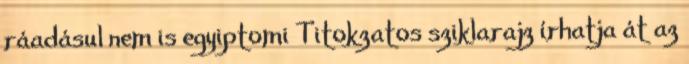
ráadásul nem is egyiptomi Titokzatos sziklarajz írhatja át az